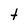
Character: t